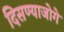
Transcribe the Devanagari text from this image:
दिसण्याजोगे